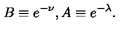
B \equiv e ^ { - \nu } , A \equiv e ^ { - \lambda } .